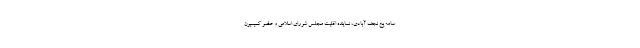
سامه یح نجف آبادی، نماینده اقلیت مجلس شورای اسلامی و عضو کمیسیون